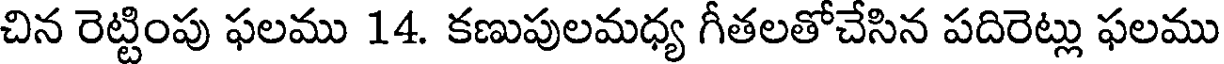
చిన రెట్టింపు ఫలము 14. కణుపులమధ్య గీతలతోచేసిన పదిరెట్లు ఫలము